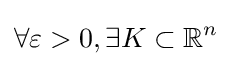
\forall \varepsilon >0,\exists K\subset \mathbb {R} ^{n}